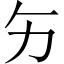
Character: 𱐩